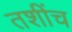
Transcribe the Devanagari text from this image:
तशींच